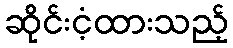
ဆိုင်းငံ့ထားသည့်